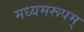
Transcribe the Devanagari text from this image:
मध्यमरूपम्